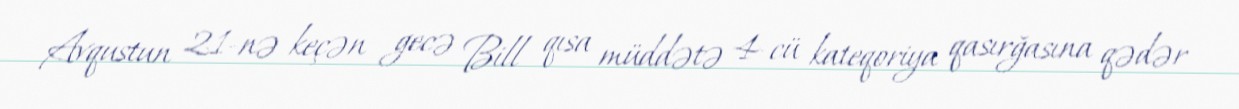
Avqustun 21-nə keçən gecə Bill qısa müddətə 4-cü kateqoriya qasırğasına qədər